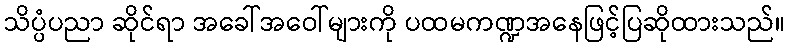
သိပ္ပံပညာ ဆိုင်ရာ အခေါ်အဝေါ်များကို ပထမကဏ္ဍအနေဖြင့်ပြဆိုထားသည်။